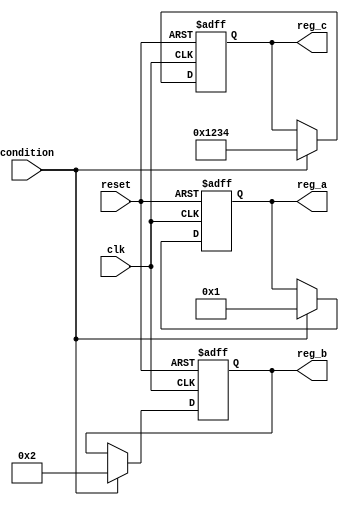
module conditional_initialization (
    input wire clk,            // Clock signal
    input wire reset,          // Control signal for initialization (active high)
    input wire condition,      // Additional condition for initialization
    output reg [7:0] reg_a,    // Example register A
    output reg [7:0] reg_b,    // Example register B
    output reg [15:0] reg_c    // Example register C
);

// Always block for conditional initialization
always @(posedge clk or posedge reset) begin
    if (reset) begin
        // Reset condition met: initialize registers to predefined values
        reg_a <= 8'h00;      // Initialize reg_a to 0
        reg_b <= 8'hFF;      // Initialize reg_b to 255
        reg_c <= 16'hAAAA;   // Initialize reg_c to 0xAAAA
    end else if (condition) begin
        // If the additional condition is met, initialize registers with specific values
        reg_a <= 8'h01;      // Set reg_a to 1
        reg_b <= 8'h02;      // Set reg_b to 2
        reg_c <= 16'h1234;   // Set reg_c to 0x1234
    end
    // Otherwise, retain current values
end

endmodule